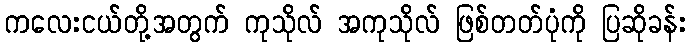
ကလေးငယ်တို့အတွက် ကုသိုလ် အကုသိုလ် ဖြစ်တတ်ပုံကို ပြဆိုခန်း